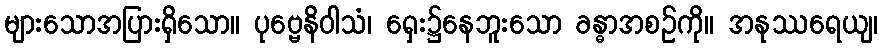
များသောအပြားရှိသော။ ပုဗ္ဗေနိဝါသံ၊ ရှေး၌နေဘူးသော ခန္ဓာအစဉ်ကို။ အနုဿရေယျ၊